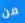
من